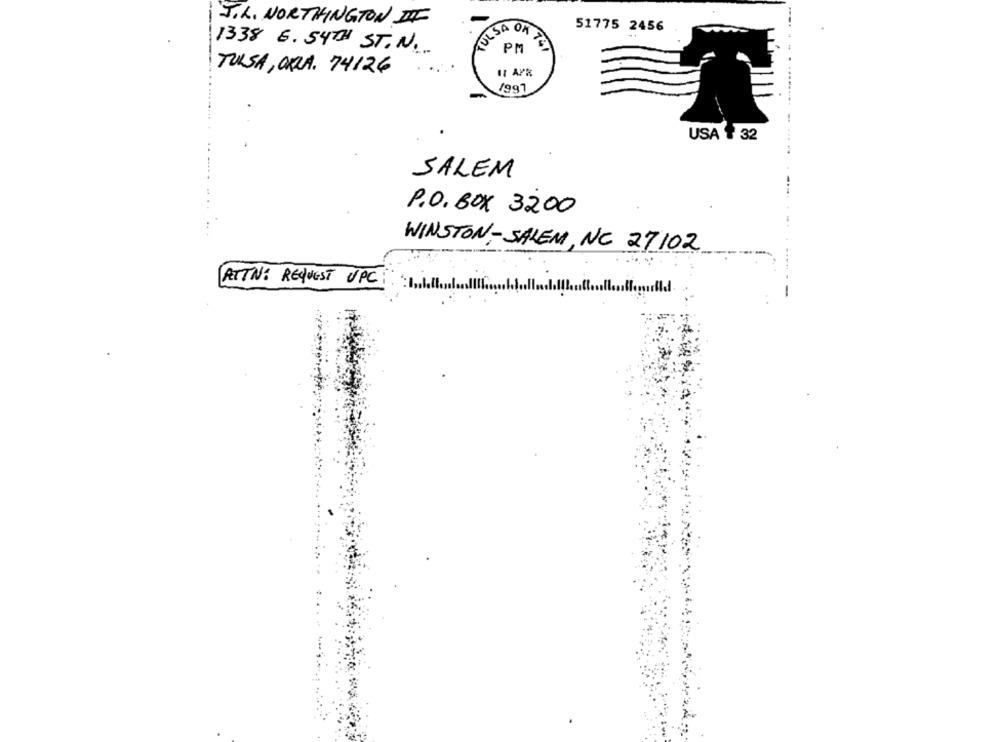
J.L. NORTHINGTON IF
51775 2456
1338 6.54TH ST.N ..
PM
TULSA, ORRA. 74126
1997
USA $ 32
SALEM
P.O. BOX 3200
WINSTON-SALEM, NC 27102
ATTN: REQUEST UPC: